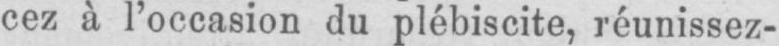
cez à l’occasion du plébiscite, réunissez-